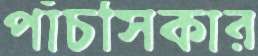
পাঁচসিকার